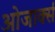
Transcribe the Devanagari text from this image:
ओजार्क्स